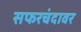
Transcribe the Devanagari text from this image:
सफरचंदावर